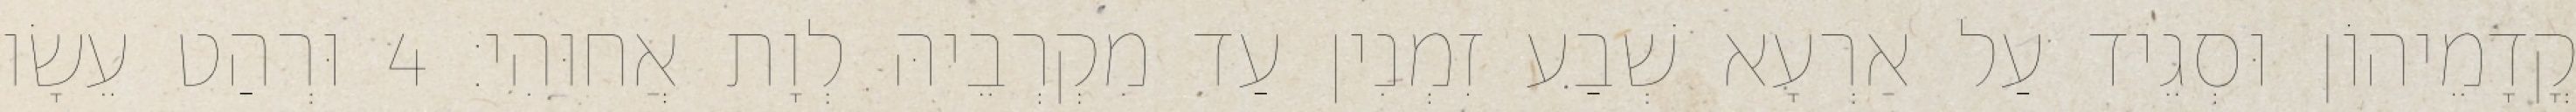
קֳדָמֵיהוֹן וּסְגֵיד עַל אַרְעָא שְׁבַע זִמְנִין עַד מִקְרְבֵיהּ לְוָת אֲחוּהִי׃ 4 וּרְהַט עֵשָׂו